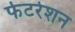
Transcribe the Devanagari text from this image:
फेटरेशन